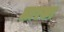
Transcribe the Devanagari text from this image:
लारका